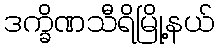
ဒက္ခိဏသီရိမြို့နယ်